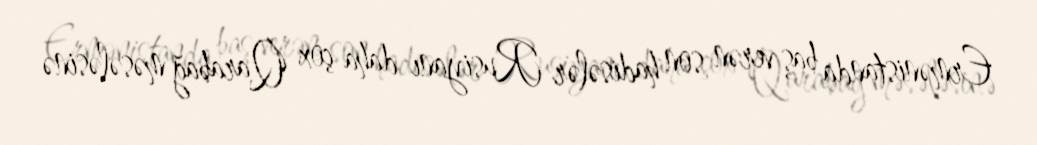
Ermənistanda baş verən son hadisələr Rusiyanı daha çox Qarabağ məsələsinə